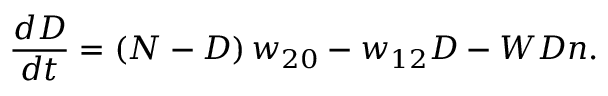
\frac { d D } { d t } = \left( N - D \right) w _ { 2 0 } - w _ { 1 2 } D - W D n .